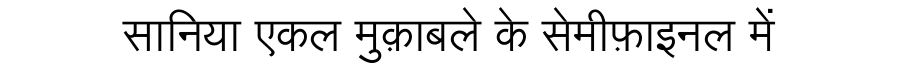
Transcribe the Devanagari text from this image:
सानिया एकल मुक़ाबले के सेमीफ़ाइनल में